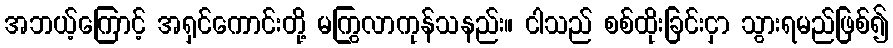
အဘယ့်ကြောင့် အရှင်ကောင်းတို့ မကြွလာကုန်သနည်း။ ငါသည် စစ်ထိုးခြင်းငှာ သွားရမည်ဖြစ်၍